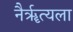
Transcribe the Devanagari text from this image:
नैर्ॠत्यला